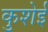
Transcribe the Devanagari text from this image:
कुशेई